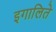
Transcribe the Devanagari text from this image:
इगालिते